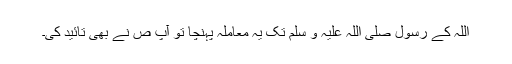
اللہ کے رسول صلی اللہ علیہ و سلم تک یہ معاملہ پہنچا تو آپ ص نے بھی تائید کی۔